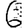
Digit: 6